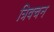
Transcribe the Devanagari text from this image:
त्रिवचन